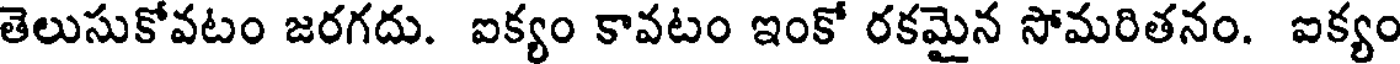
తెలుసుకోవటం జరగదు. ఐక్యం కావటం ఇంకో రకమైన సోమరితనం. ఐక్యం